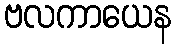
ဗလကာယေန